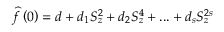
\widehat { f } \left( 0 \right) = d + d _ { 1 } S _ { z } ^ { 2 } + d _ { 2 } S _ { z } ^ { 4 } + . . . + d _ { s } S _ { z } ^ { 2 s }